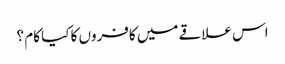
اس علاقے میں کافروں کا کیا کام ؟